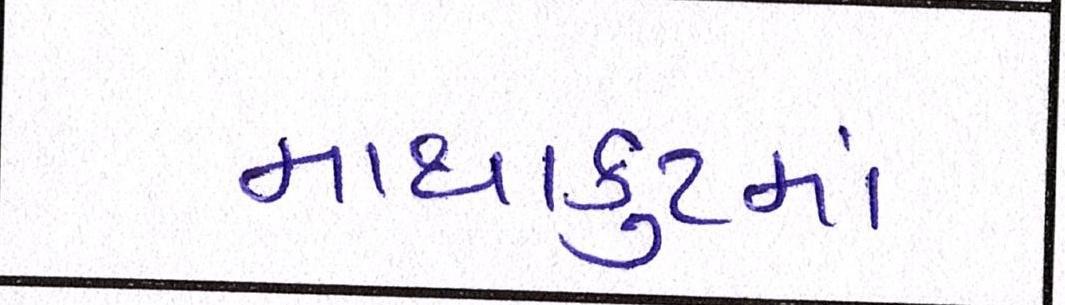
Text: માથાકુટમાં